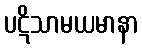
ပဋိသာမယမာနာ